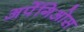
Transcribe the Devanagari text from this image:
अर्पेगिओस